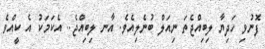
ފޮނުވި ހަދިޔާ ލިބިއްޖެތަ ނިއަލް ބުނެލިއެވެ. އާނ ލިބިއްޖެ.. އެކަމަކު އެ ކީއްވެ